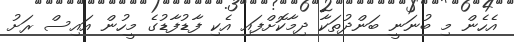
އެހެން މި ބުނަނީ ބަންދުތަކާ ދިމާކޮށްފައި އެކި ފާޑުފާޑުގެ މީހުން އައިސް ރަށު